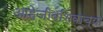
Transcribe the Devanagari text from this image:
आहेजीवशिवाच्या